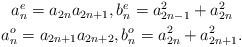
\begin{align*} \begin{gathered} a_n^e = a_{2n} a_{2n+1}, b_n^e = a_{2n-1}^2 + a_{2n}^2\\ a_n^o = a_{2n+1} a_{2n+2}, b_n^o = a_{2n}^2 + a_{2n+1}^2. \end{gathered} \end{align*}